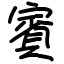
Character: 賓